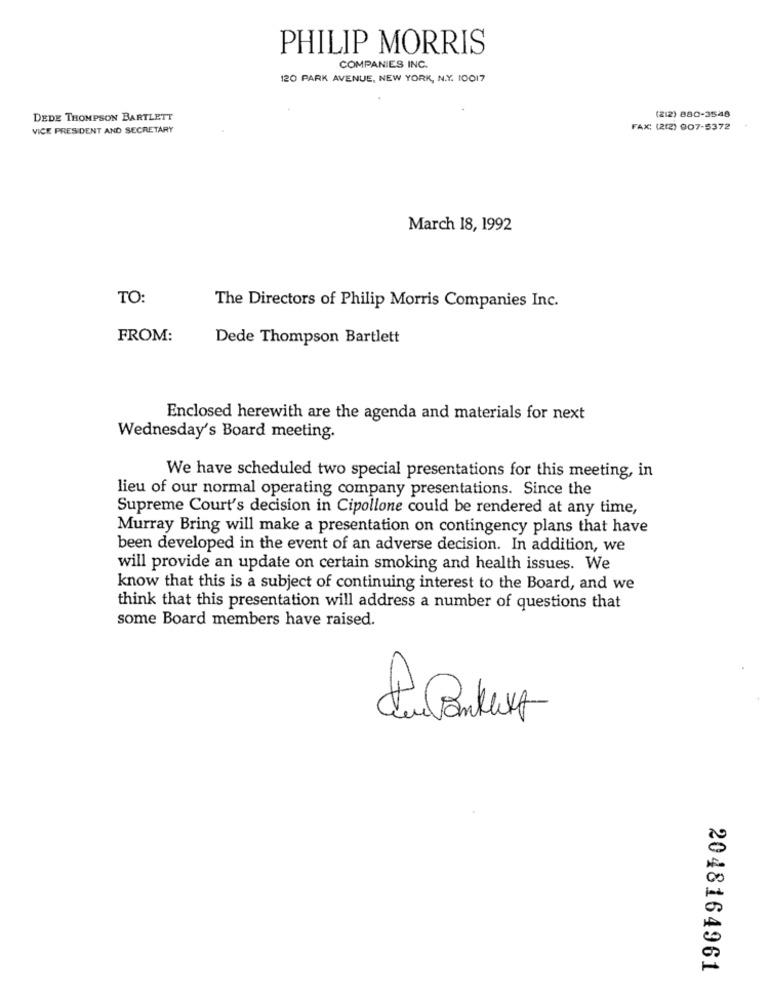
PHILIP MORRIS
COMPANIES INC.
120 PARK AVENUE, NEW YORK, N.Y. 10017
(212) 880-3548
DEDE THOMPSON BARTLETT
VICE PRESIDENT AND SECRETARY
FAX: (212) 007-5372
March 18, 1992
TO:
The Directors of Philip Morris Companies Inc.
FROM:
Dede Thompson Bartlett
Enclosed herewith are the agenda and materials for next
Wednesday's Board meeting.
We have scheduled two special presentations for this meeting, in
lieu of our normal operating company presentations. Since the
Supreme Court's decision in Cipollone could be rendered at any time,
Murray Bring will make a presentation on contingency plans that have
been developed in the event of an adverse decision. In addition, we
will provide an update on certain smoking and health issues. We
know that this is a subject of continuing interest to the Board, and we
think that this presentation will address a number of questions that
some Board members have raised.
2048164961